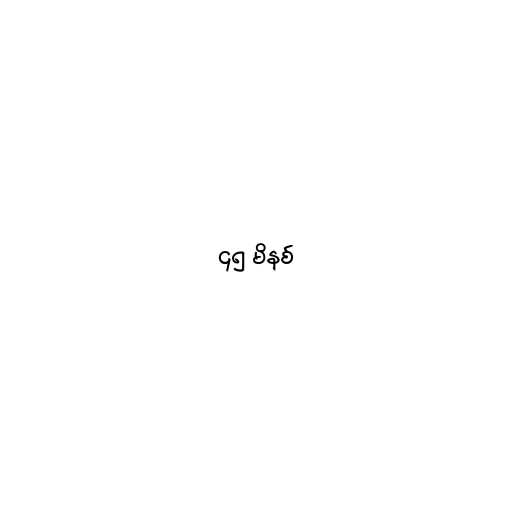
၄၅ မိနစ်